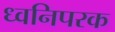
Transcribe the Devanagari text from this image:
ध्वनिपरक